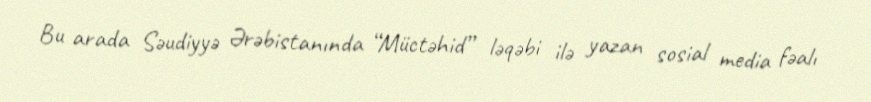
Bu arada Səudiyyə Ərəbistanında “Müctəhid” ləqəbi ilə yazan sosial media fəalı